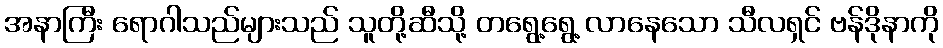
အနာကြီး ရောဂါသည်များသည် သူတို့ဆီသို့ တရွေ့ရွေ့ လာနေသော သီလရှင် ဗန်ဒိုနာကို